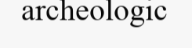
archeologic